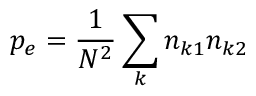
p _ { e } = { \frac { 1 } { N ^ { 2 } } } \sum _ { k } n _ { k 1 } n _ { k 2 }